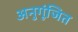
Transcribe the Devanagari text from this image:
अनुगूंजित